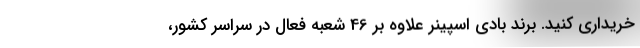
خریداری کنید. برند بادی اسپینر علاوه بر 46 شعبه فعال در سراسر کشور،